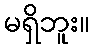
မရှိဘူး။